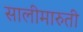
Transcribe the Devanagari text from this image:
सालीमारुती